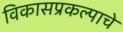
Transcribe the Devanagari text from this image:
विकासप्रकल्पाचे